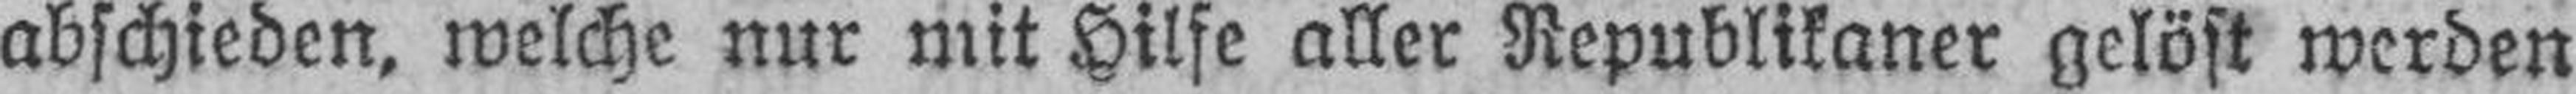
abschieden, welche nur mit Hilfe aller Republikaner gelöst werden